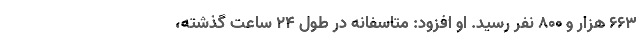
۶۶۳ هزار و ۸۰۰ نفر رسید. او افزود: متاسفانه در طول ۲۴ ساعت گذشته،